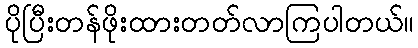
ပိုပြီးတန်ဖိုးထားတတ်လာကြပါတယ်။